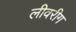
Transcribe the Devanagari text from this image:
लीवरीग